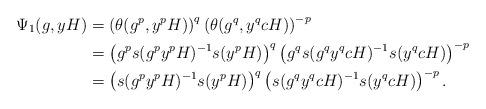
LaTeX: \begin{align*} \Psi_1(g,yH)&=\left(\theta(g^p,y^pH)\right)^q\left(\theta(g^q,y^qcH) \right)^{-p}\\ &= \left(g^ps(g^py^pH)^{-1}s(y^pH)\right)^q \left( g^qs(g^qy^qcH)^{-1}s (y^qcH)\right)^{-p}\\ &= \left(s(g^py^pH)^{-1}s(y^pH)\right)^q \left(s(g^qy^qcH)^{-1}s(y^qcH)\right)^ {-p}. \end{align*}